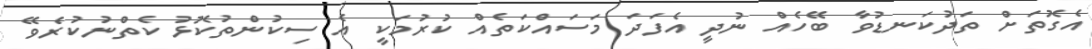
އެގޮތަށް ތަދުކަނޑުވާ ބޭހެއް ނުދީ އެފަދަ މަސައްކަތެއް ކުރުމަކީ އެ ސިކުންތުކޮޅު ކެތްނުކުރެވޭ